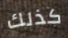
كذلك